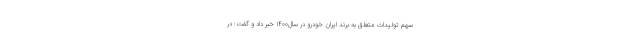
سهم تولیدات متعلق به برند ایران خودرو در سال۱۴۰۰ خبر داد و گفت: در